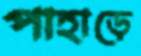
পাহাড়ে